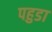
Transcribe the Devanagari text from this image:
पहुडा